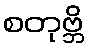
စတုဗ္ဘိ